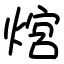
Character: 熍